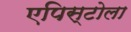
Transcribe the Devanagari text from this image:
एपिस्टोला